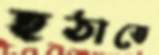
হঠাতে